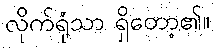
လိုက်ရုံသာ ရှိတော့၏။